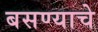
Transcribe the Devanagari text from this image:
बसण्याचे